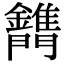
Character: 𨷫